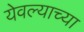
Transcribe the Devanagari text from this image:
येवल्याच्या